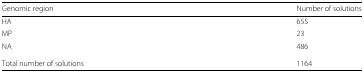
<table><thead><tr><td><b>Genomic region</b></td><td><b>Number of solutions</b></td></tr></thead><tbody><tr><td>HA</td><td>655</td></tr><tr><td>MP</td><td>23</td></tr><tr><td>NA</td><td>486</td></tr><tr><td>Total number of solutions</td><td>1164</td></tr></tbody></table>